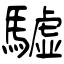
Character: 驉